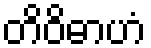
တိဝိဓာဟံ